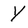
Character: Y